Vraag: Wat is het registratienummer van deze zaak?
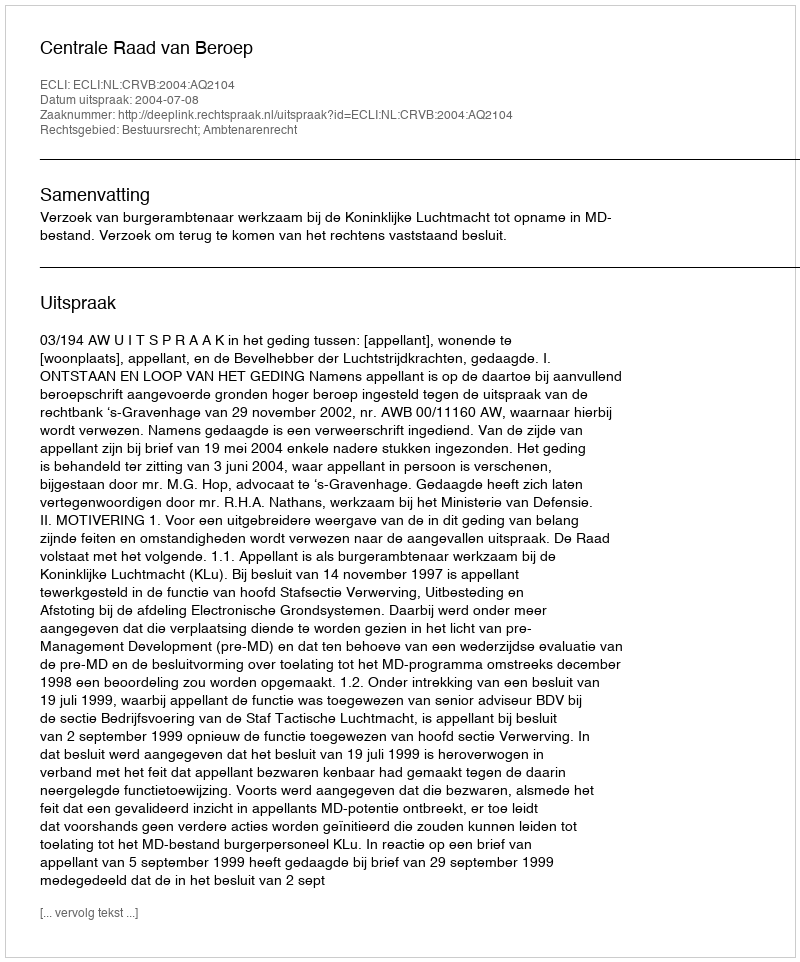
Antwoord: http://deeplink.rechtspraak.nl/uitspraak?id=ECLI:NL:CRVB:2004:AQ2104